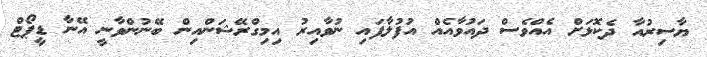
ޔާސިރުއާ ދެކޮޅަށް އެއްވެސް ދައުވާއެއް އުފުލާފައި ނުވާއިރު އިމިގްރޭޝަންއިން ބޭނުންވާނީ އޭނާ ޑީޕޯޓް